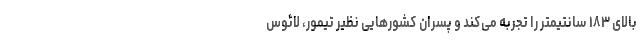
بالای ۱۸۳ سانتیمتر را تجربه می‌کند و پسران کشور‌هایی نظیر تیمور، لائوس